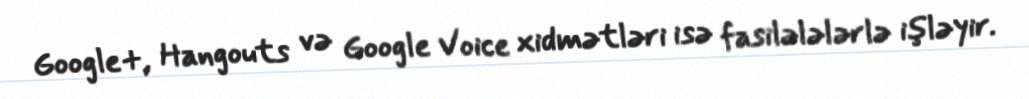
Google+, Hangouts və Google Voice xidmətləri isə fasilələlərlə işləyir.